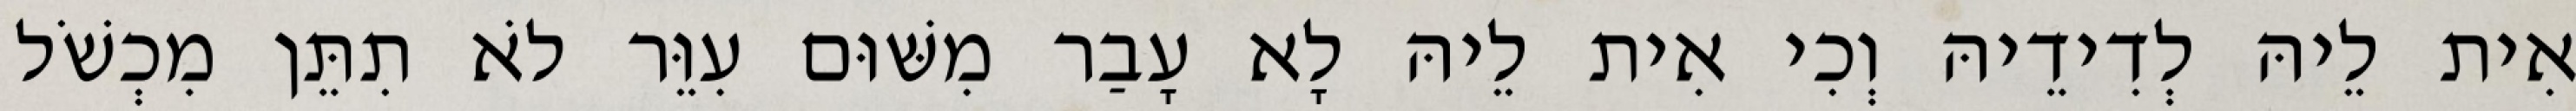
אִית לֵיהּ לְדִידֵיהּ וְכִי אִית לֵיהּ לָא עָבַר מִשּׁוּם עִוֵּר לֹא תִתֵּן מִכְשֹׁל